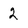
Character: 2